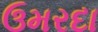
ઉમરદા